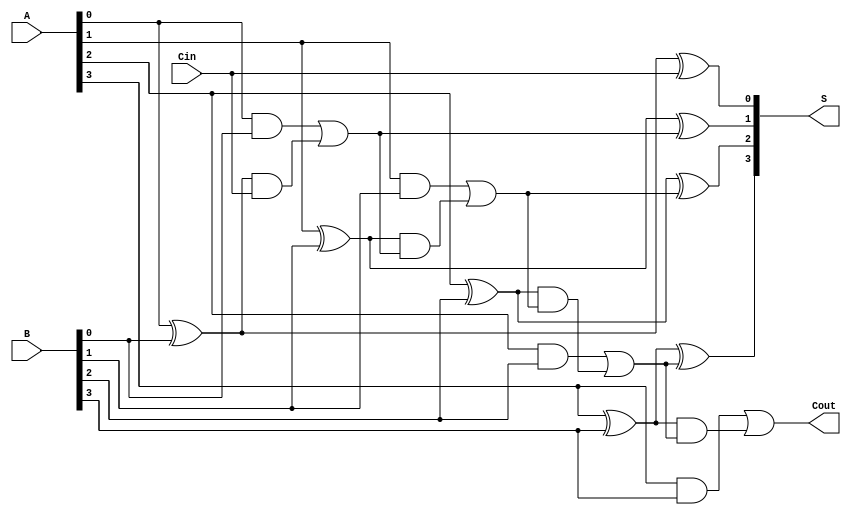
module LingAdder #(parameter n = 4) (
    input [n-1:0] A,        // First input
    input [n-1:0] B,        // Second input
    input Cin,              // Input carry
    output [n-1:0] S,       // Sum output
    output Cout             // Carry output
);

    // Intermediate signals for carry and generate/propagate
    wire [n:0] carry;       // carry[i] represents carry for i-th bit
    wire [n-1:0] G;         // Generate signals
    wire [n-1:0] P;         // Propagate signals

    // Assign carry[0] to Cin
    assign carry[0] = Cin;

    // Generate and Propagate calculations
    genvar i;
    generate
        for (i = 0; i < n; i = i + 1) begin : carry_logic
            assign G[i] = A[i] & B[i];           // Generate
            assign P[i] = A[i] ^ B[i];           // Propagate
        end
    endgenerate

    // Carry lookahead logic to compute carries
    generate
        for (i = 1; i <= n; i = i + 1) begin : carry_generation
            assign carry[i] = G[i-1] | (P[i-1] & carry[i-1]); // Carry calculation
        end
    endgenerate

    // Sum calculation
    generate
        for (i = 0; i < n; i = i + 1) begin : sum_generation
            assign S[i] = A[i] ^ B[i] ^ carry[i]; // Sum calculation
        end
    endgenerate

    // Final carry out
    assign Cout = carry[n];

endmodule